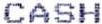
CASH